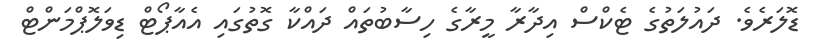
ޑޮލަރެވެ. ދައުލަތުގެ ޓެކްސް އިދާރާ މީރާގެ ހިސާބުތައް ދައްކާ ގޮތުގައި އެއާޕޯޓް ޑިވަލޮޕްމަންޓް